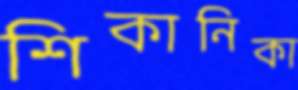
শিকানিকা